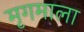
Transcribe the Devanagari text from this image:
मृगमाला